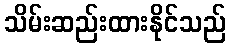
သိမ်းဆည်းထားနိုင်သည်